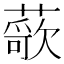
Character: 𬞢